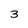
Character: 3